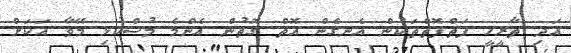
އަދި ތާރީޚީ ފަތްފޮތްތަކުން އެނގެން އޮތް ގޮތުން އެންމެ މުސްކުޅި މޭވާ އަކަށް